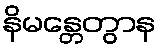
နိမန္တေတွာန